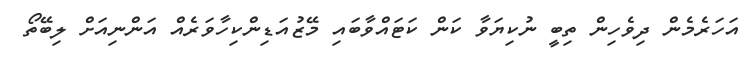
އަހަރެމެން ދިވެހިން ތިބީ ނުކިޔަވާ ކަން ކަޓައްވާބައި މޭޒުއަޑިންކިހާވަރެއް އަންނިއަށް ލިބޭތޯ